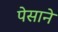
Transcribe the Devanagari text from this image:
पेसाने